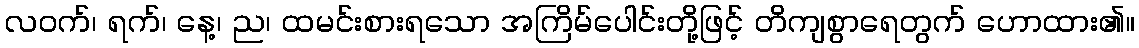
လဝက်၊ ရက်၊ နေ့၊ ည၊ ထမင်းစားရသော အကြိမ်ပေါင်းတို့ဖြင့် တိကျစွာရေတွက် ဟောထား၏။